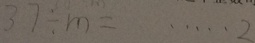
3 7 \div m = \cdots 2